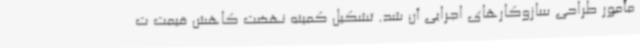
مأمور طراحی سازوکارهای اجرایی آن شد. تشکیل کمیته نهضت کاهش قیمت ت